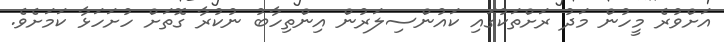
އަށްވުރެ މީހުން މަދު ރަށްތަކުގައި ކައުންސިލަރުން އިންތިހާބު ނުކުރާ ގޮތަށް ހުށަހަޅާ ކަމަށެވެ.